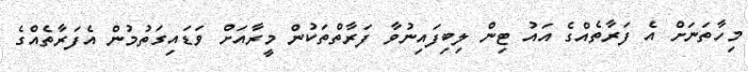
މިހާތަނަށް އެ ފަރާތެއްގެ އައު ޓިން ލިބިފައިނުވާ ފަރާތްތަކުން މީރާއަށް ވަޑައިގަތުމުން އެފަރާތެއްގެ